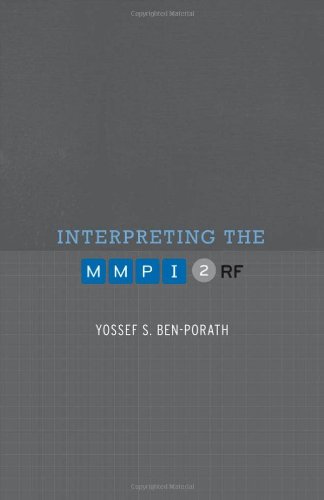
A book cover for Interpreting the MMPI-2-RF; Yossef S. Ben-Porath; Medical Books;